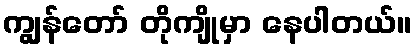
ကျွန်တော် တိုကျိုမှာ နေပါတယ်။